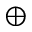
\oplus